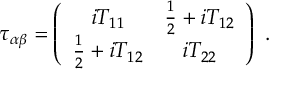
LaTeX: \tau _ { \alpha \beta } = \left( \begin{array} { c c } { { i T _ { 1 1 } } } & { { \frac { 1 } { 2 } + i T _ { 1 2 } } } \\ { { \frac { 1 } { 2 } + i T _ { 1 2 } } } & { { i T _ { 2 2 } } } \end{array} \right) ~ .